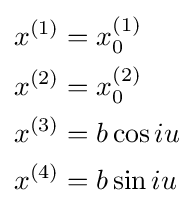
\scriptstyle {\begin{aligned}x^{(1)}&=x_{0}^{(1)}\\x^{(2)}&=x_{0}^{(2)}\\x^{(3)}&=b\cos iu\\x^{(4)}&=b\sin iu\end{aligned}}